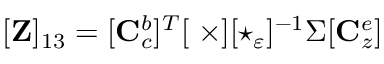
[ \mathbf { Z } ] _ { 1 3 } = [ \mathbf { C } _ { c } ^ { b } ] ^ { T } [ \mathbf { \nabla \times } ] [ \star _ { \varepsilon } ] ^ { - 1 } \Sigma [ \mathbf { C } _ { z } ^ { e } ]